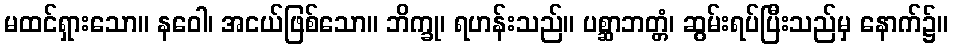
မထင်ရှားသော။ နဝေါ၊ အငယ်ဖြစ်သော။ ဘိက္ခု၊ ရဟန်းသည်။ ပစ္ဆာဘတ္တံ၊ ဆွမ်းရပ်ပြီးသည်မှ နောက်၌။